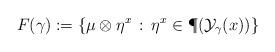
LaTeX: \begin{align*}F(\gamma):=\{\mu \otimes \eta^x\,:\, \eta^x \in \P( {\mathcal {Y}}_\gamma(x) ) \}\end{align*}